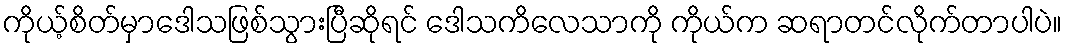
ကိုယ့်စိတ်မှာဒေါသဖြစ်သွားပြီဆိုရင် ဒေါသကိလေသာကို ကိုယ်က ဆရာတင်လိုက်တာပါပဲ။